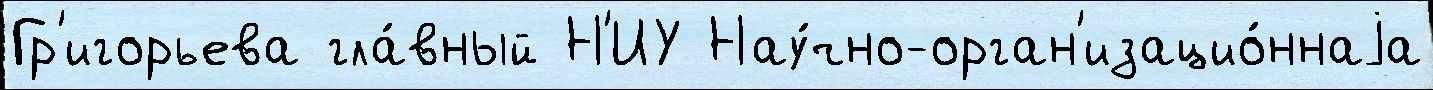
Гр'игорьева гла́вный Н'ИУ Нау́чно-орган'изацио́ннаjа